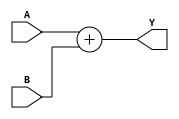
`timescale 1ns / 1ps
//////////////////////////////////////////////////////////////////////////////////
// Company: 
// Engineer: 
// 
// Design Name: 
// Module Name: Add_3
// Project Name: 
// Target Devices: 
// Tool Versions: 
// Description: 
// 
// Dependencies: 
// 
// Revision:
// Revision 0.01 - File Created
// Additional Comments:
// 
//////////////////////////////////////////////////////////////////////////////////


module Add_3(
    A,B,Y
    );
    input [31:0] A,B;
    output [31:0] Y;
    assign Y=A+B;
endmodule